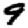
Digit: 9